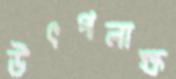
উৎপলাক্ষ